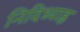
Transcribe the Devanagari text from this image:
निदिध्याह्न